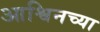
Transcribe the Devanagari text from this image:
आश्विनच्या